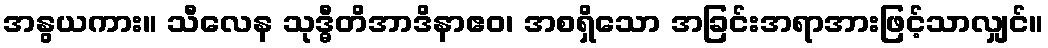
အနွယကား။ သီလေန သုဒ္ဓီတိအာဒိနာဧဝ၊ အစရှိသော အခြင်းအရာအားဖြင့်သာလျှင်။